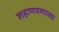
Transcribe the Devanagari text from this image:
शहाणपणाच्या